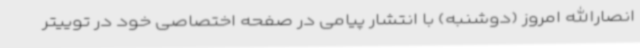
انصارالله امروز (دوشنبه) با انتشار پیامی در صفحه اختصاصی خود در توییتر